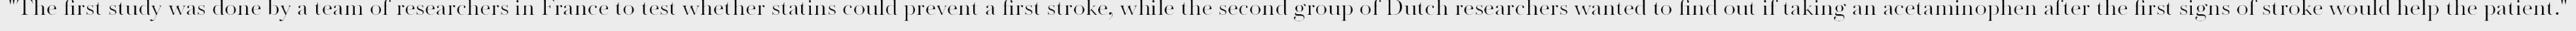
"The first study was done by a team of researchers in France to test whether statins could prevent a first stroke, while the second group of Dutch researchers wanted to find out if taking an acetaminophen after the first signs of stroke would help the patient."